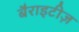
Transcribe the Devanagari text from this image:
बैराइटीज़